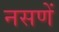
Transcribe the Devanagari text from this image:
नसणें